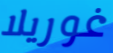
غوريلا